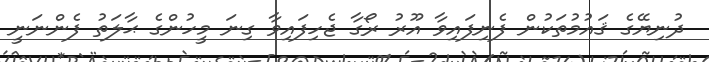
ދުނިޔޭގެ ޤައުމުތަކުން ފެނިފައިވާ އޫރު ރޯގާ ޖެހިފައިވާ ގިނަ މީހުންގެ ޙާލަތު ފެންނަނީ